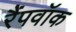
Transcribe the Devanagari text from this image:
रैंपवॉक